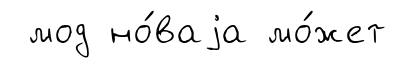
мод но́ваjа мо́жет